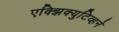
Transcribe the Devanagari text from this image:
एक्झिक्युटिव्हने